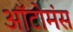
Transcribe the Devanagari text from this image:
ऑटोमंस